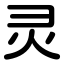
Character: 灵